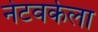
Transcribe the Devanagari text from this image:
नेटवर्कला